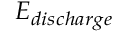
E _ { d i s c h a r g e }